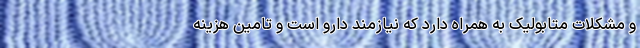
و مشکلات متابولیک به همراه دارد که نیازمند دارو است و تامین هزینه